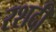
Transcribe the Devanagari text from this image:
रशदी